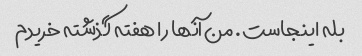
بله اینجاست. من آنها را هفته گذشته خریدم